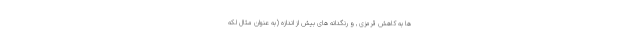
ها به کاهش قرمزی , و رنگدانه های بیش از اندازه (به عنوان مثال لکه